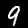
Digit: 9